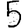
Digit: 5